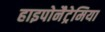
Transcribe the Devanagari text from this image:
हाइपोनैट्रेमिया